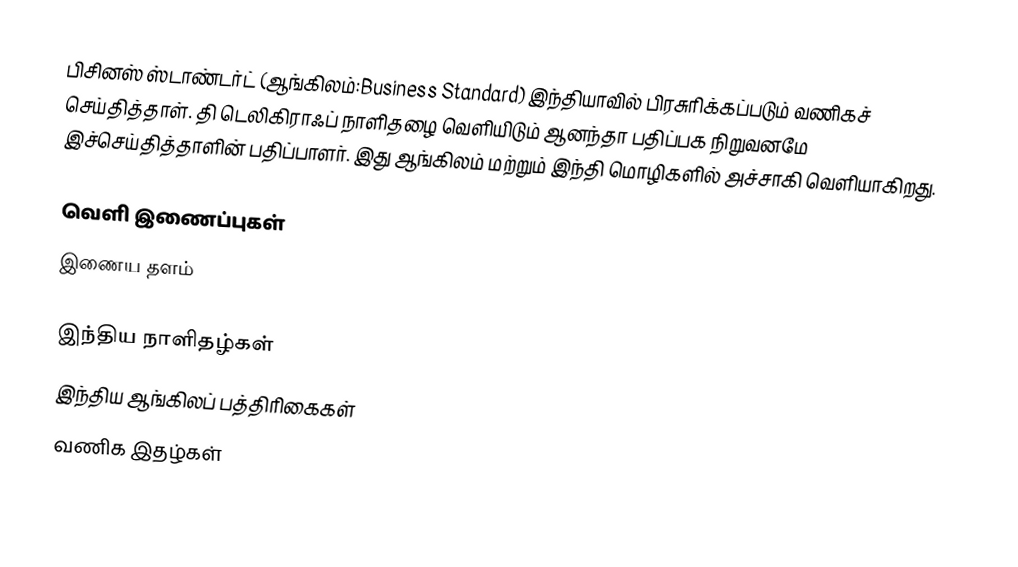
பிசினஸ் ஸ்டாண்டர்ட் (ஆங்கிலம்:Business Standard) இந்தியாவில் பிரசுரிக்கப்படும் வணிகச் செய்தித்தாள். தி டெலிகிராஃப் நாளிதழை வெளியிடும் ஆனந்தா பதிப்பக நிறுவனமே இச்செய்தித்தாளின் பதிப்பாளர். இது ஆங்கிலம் மற்றும் இந்தி மொழிகளில்  அச்சாகி வெளியாகிறது.

வெளி இணைப்புகள்
  இணைய தளம்

இந்திய நாளிதழ்கள்
இந்திய ஆங்கிலப் பத்திரிகைகள்
வணிக இதழ்கள்